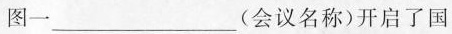
图一___(会议了国